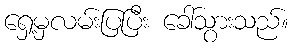
ရှေ့မှလမ်းပြပြီး ခေါ်သွားသည်။